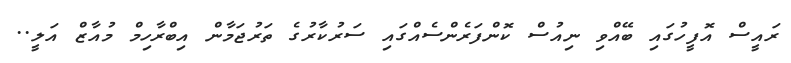
ރައީސް އޮފީހުގައި ބޭއްވި ނިއުސް ކޮންފަރެންސެއްގައި ސަރުކާރުގެ ތަރުޖަމާން އިބްރާހިމް މުއާޒް އަލީ..